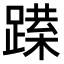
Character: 𨅈